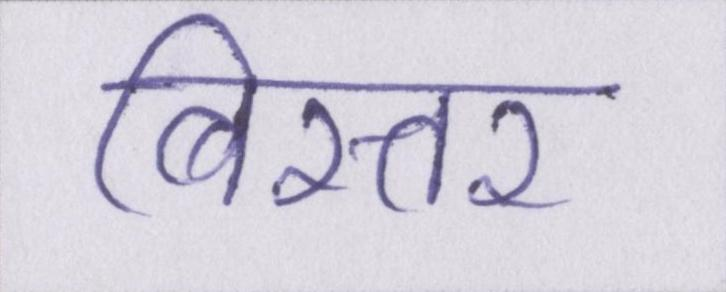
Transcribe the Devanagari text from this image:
बिस्तर